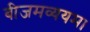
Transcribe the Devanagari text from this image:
बीजमव्ययम।